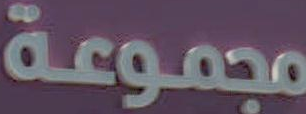
مجموعة